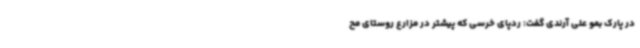
در پارک بمو علی آرندی گفت: ردپای خرسی که پیشتر در مزارع روستای مح